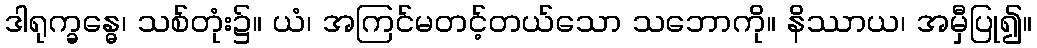
ဒါရုက္ခန္ဓေ၊ သစ်တုံး၌။ ယံ၊ အကြင်မတင့်တယ်သော သဘောကို။ နိဿာယ၊ အမှီပြု၍။